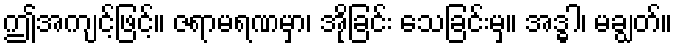
ဤအကျင့်ဖြင့်။ ဇရာမရဏမှာ၊ အိုခြင်း သေခြင်းမှ။ အဒ္ဓါ၊ မချွတ်။